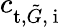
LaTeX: c_{\textup{t},\tilde{G},\mathrm{~i~}}